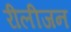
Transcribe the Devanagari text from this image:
रीलीजन